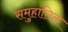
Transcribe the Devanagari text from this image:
समुहांतिल